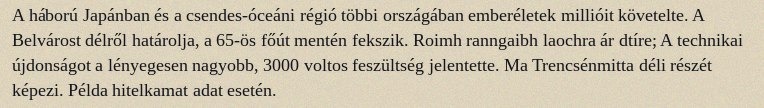
A háború Japánban és a csendes-óceáni régió többi országában emberéletek millióit követelte. A Belvárost délről határolja, a 65-ös főút mentén fekszik. Roimh ranngaibh laochra ár dtíre; A technikai újdonságot a lényegesen nagyobb, 3000 voltos feszültség jelentette. Ma Trencsénmitta déli részét képezi. Példa hitelkamat adat esetén.